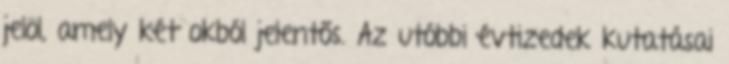
jelöl, amely két okból jelentős. Az utóbbi évtizedek kutatásai